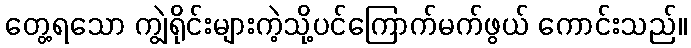
တွေ့ရသော ကျွဲရိုင်းများကဲ့သို့ပင်ကြောက်မက်ဖွယ် ကောင်းသည်။